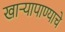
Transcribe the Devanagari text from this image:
खार्‍यापाण्याचे